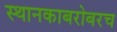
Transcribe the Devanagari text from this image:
स्थानकाबरोबरच